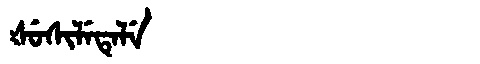
Manchu: ᡧᡠᠰᡳᠯᡝᡨᡝᠯᡝ
Romanization: ŠUSILETELE